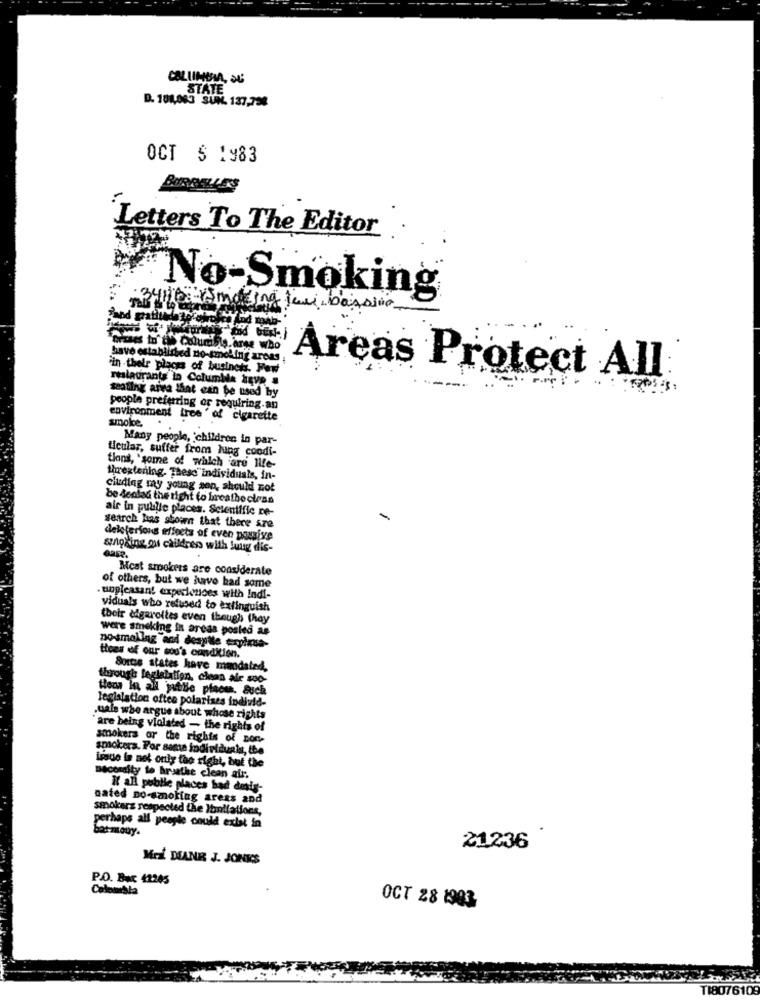
COLUMBIA, SU
STATE
D. 101,083 SUN. 137,798
OCT $ 1983
Letters To The Editor.
No-Smoking
34 10 - making few bassine
Sounds orge who
have established no-smol
'in their places of business. Few
relaurants in Columida have a
Areas Protect All:
seating area that can be used by
people preferring or requiring.an
environment tree ' of cigarette
smoke.
Many people, children in par-
Ucular, suffer from lung condi-
tions, "some of which are Ilfe-
threatening. These" individuals, in-
cluding my young son, should not
be deolas the right to breathe eless
air in public places. Scientific re-
-
search has shown that there are
deleferions effects of even passive
sinigging ou calldress with luug dis-
Gape,
Meat smokers are considerate
of others, but we have had some
. unpleasant experiences with Indi-
viduals who refused to extinguish
their cigarettes even though they
were streking in areas posled as
no-smalling and despite explose-
tiees of our sou's condition.
Sortie states have mandated,
through legislation, clean air soo-
Here in ad jutle piaoss. Such
legislation oftee polarises individ-
.uale whe argue about whose rights
are being violated - the rights of
smokers or the rights of con-
smokers. For seme individuals, the
issue in net only the right, but the
Beceraity to hrsathe clean air.
K all public places bad desig-
nated no-smoking areas and
smokers respected the Ibullations,
perhaps all people could exlat in
at-mouy.
21236
Mri DIANE J. JONES
P.O. Buc 41245
Calomista
OCT 28 1993
18076105